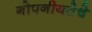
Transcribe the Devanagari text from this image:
गोपनीयतेचे